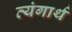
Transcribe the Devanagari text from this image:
व्यंगार्थ